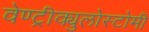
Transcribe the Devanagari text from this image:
वेण्ट्रीक्युलोस्टोमी